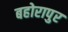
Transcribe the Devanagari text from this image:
बहोरापुर